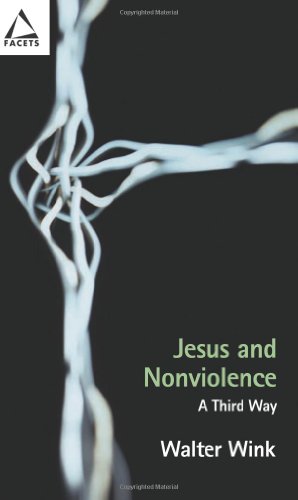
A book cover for Jesus and Nonviolence: A Third Way (Facets); Walter Wink; Religion & Spirituality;